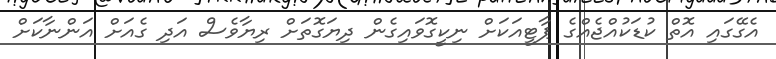
އެގޭގައި އޮތް ކުޑަކުއްޖެއްގެ ޕާޓީއަކަށް ނިކީގޮވައިގެން ދިޔަގޮތަށް ރިޔާވެސް އަދި ގެއަށް އަންނާކަށް